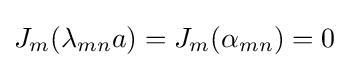
J_{m}(\lambda _{mn}a)=J_{m}(\alpha _{mn})=0